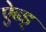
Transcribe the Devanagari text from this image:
ऐन्ड्